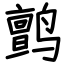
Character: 鹯